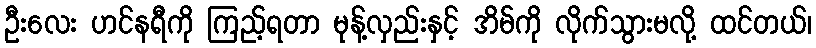
ဦးလေး ဟင်နရီကို ကြည့်ရတာ မုန့်လှည်းနှင့် အိမ်ကို လိုက်သွားမလို့ ထင်တယ်၊